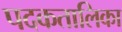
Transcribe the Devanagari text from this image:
पदकतालिका